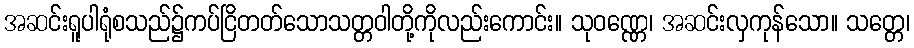
အဆင်းရူပါရုံစသည်၌ကပ်ငြိတတ်သောသတ္တဝါတို့ကိုလည်းကောင်း။ သုဝဏ္ဏေ၊ အဆင်းလှကုန်သော။ သတ္တေ၊